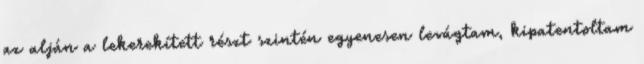
az alján a lekerekített részt szintén egyenesen levágtam, kipatentoltam